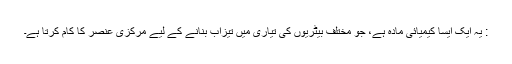
: یہ ایک ایسا کیمیائی مادہ ہے، جو مختلف بیٹریوں کی تیاری میں تیزاب بنانے کے لیے مرکزی عنصر کا کام کرتا ہے۔